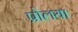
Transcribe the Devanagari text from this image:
प्रोलया